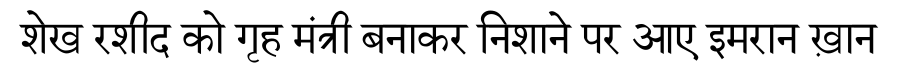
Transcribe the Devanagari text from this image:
शेख रशीद को गृह मंत्री बनाकर निशाने पर आए इमरान ख़ान